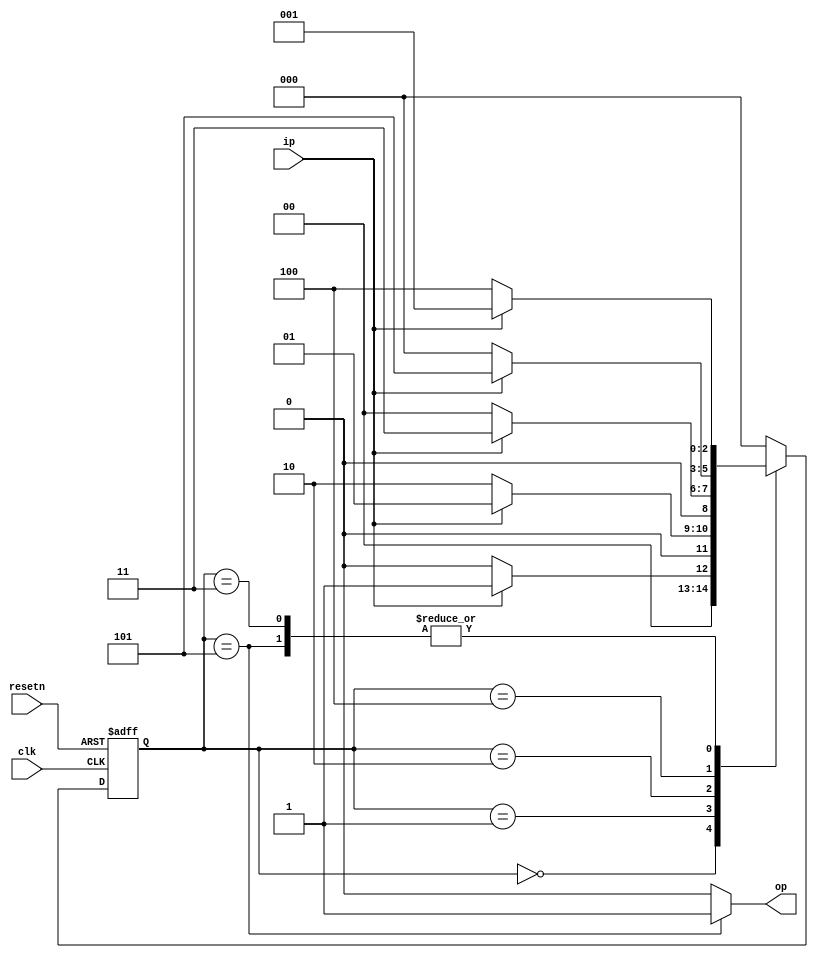
`timescale 1ns / 1ps
//////////////////////////////////////////////////////////////////////////////////
// Company: 
// Engineer: 
// 
// Design Name: 
// Module Name: sequence_detector_moore
// Project Name: 
// Target Devices: 
// Tool Versions: 
// Description: 
// 
// Dependencies: 
// 
// Revision:
// Revision 0.01 - File Created
// Additional Comments:
// 
//////////////////////////////////////////////////////////////////////////////////
module sequence_detector_moore(
    input ip,
    input clk,
    input resetn,   // asynchronous reset
    output reg op
);
    // detect sequence 10101 using binary-encoding
    
    parameter IDLE = 3'b000, S0 = 3'b001, S1 = 3'b010, S2 = 3'b011, S3 = 3'b100, S4 = 3'b101;
    
    reg [2:0] state;
    reg [2:0] nextstate; 
    
    always @* begin
        nextstate = 3'b0;
        op = 1'b0;
        case (state)
        IDLE:   if (ip) nextstate = S0;
                else    nextstate = IDLE;
        S0:     if (ip) nextstate = S0;
                else    nextstate = S1;
        S1:     if (ip) nextstate = S2;
                else    nextstate = IDLE;
        S2:     if (ip) nextstate = S0;
                else    nextstate = S3;
        S3:     if (ip) nextstate = S4;
                else    nextstate = IDLE;
        S4: begin
                op = 1'b1;    
                if (ip) nextstate = S0;
                else    nextstate = S3;
            end
        endcase
    end
    
    always @ (posedge clk or negedge resetn)
        if (!resetn)    state <= 3'b0;
        else            state <= nextstate;

endmodule